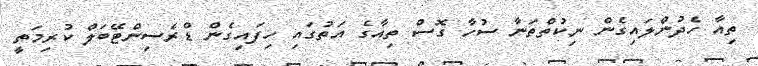
ތިއާ ހެދުންލައިގެން ނިކުތްތަނާ ސުހާ ގޮސް ތިއާގެ އަތުގައި ހިފައިގެން ޑްރެސިންޓޭބަލް ކުރިމަތީ